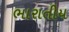
ભારાતીય